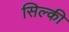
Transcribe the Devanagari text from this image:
सिल्की